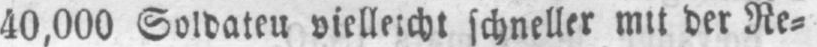
schneller mit der Re⸗